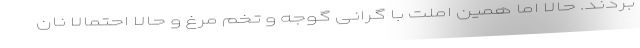
بردند. حالا اما همین املت با گرانی گوجه و تخم مرغ و حالا احتمالا نان